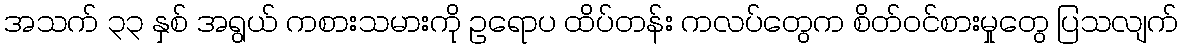
အသက် ၃၃ နှစ် အရွယ် ကစားသမားကို ဥရောပ ထိပ်တန်း ကလပ်တွေက စိတ်ဝင်စားမှုတွေ ပြသလျက်